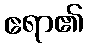
ဧရာ၏